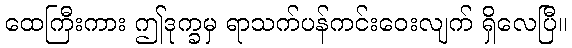
ထေကြီးကား ဤဒုက္ခမှ ရာသက်ပန်ကင်းဝေးလျက် ရှိလေပြီ။